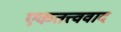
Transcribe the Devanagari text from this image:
एकतत्त्ववाद